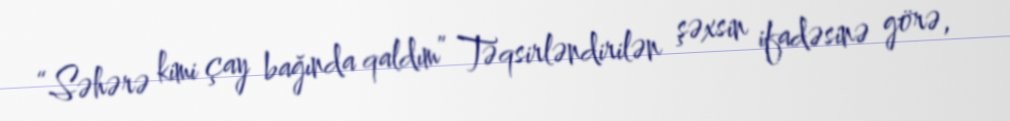
“Səhərə kimi çay bağında qaldım” Təqsirləndirilən şəxsin ifadəsinə görə,